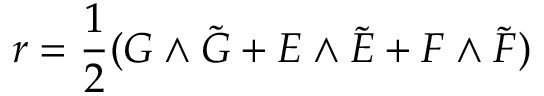
r = { \frac { 1 } { 2 } } ( G \wedge \tilde { G } + E \wedge \tilde { E } + F \wedge \tilde { F } )